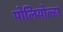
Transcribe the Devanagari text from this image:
पोलियोल्स